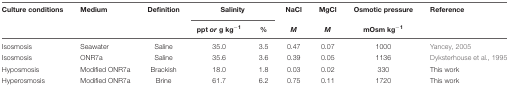
| Culture conditions | Medium | Definition | <COLSPAN=2> Salinity | NaCl | MgCl | Osmotic pressure | Reference |
 |  |  |  | ppt or g kg-1 | % | M | M | mOsm kg-1 |  |
 | --- | --- | --- | --- | --- | --- | --- | --- | --- |
 | Isosmosis | Seawater | Saline | 35.0 | 3.5 | 0.47 | 0.07 | 1000 | Yancey, 2005 |
 | Isosmosis | ONR7a | Saline | 35.6 | 3.6 | 0.39 | 0.05 | 1136 | Dyksterhouse et al., 1995 |
 | Hyposmosis | Modified ONR7a | Brackish | 18.0 | 1.8 | 0.03 | 0.02 | 330 | This work |
 | Hyperosmosis | Modified ONR7a | Brine | 61.7 | 6.2 | 0.75 | 0.11 | 1720 | This work |